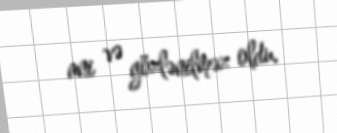
ani və gözlənilməz oldu.